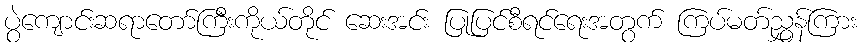
ပွဲကျောင်းဆရာတော်ကြီးကိုယ်တိုင် ဆေးအင်း ပြုပြင်စီရင်ရေးအတွက် ကြပ်မတ်ညွှန်ကြား